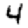
Digit: 4